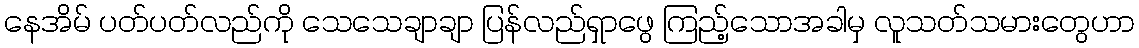
နေအိမ် ပတ်ပတ်လည်ကို သေသေချာချာ ပြန်လည်ရှာဖွေ ကြည့်သောအခါမှ လူသတ်သမားတွေဟာ